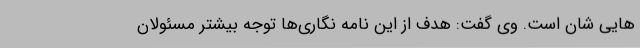
هایی شان است. وی گفت: هدف از این نامه نگاری‌ها توجه بیشتر مسئولان